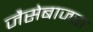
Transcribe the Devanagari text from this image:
जैसेबाजरा